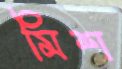
মিশ